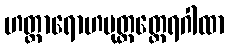
ဟတ္ထာရောဟပုတ္တတ္ထေရဂါထာ